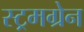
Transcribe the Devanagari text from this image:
स्ट्रमग्रेन